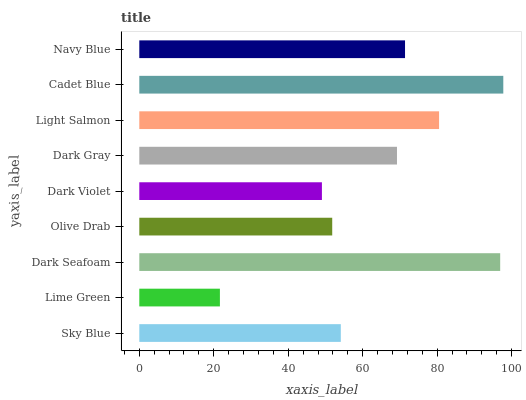
| yaxis_label | bars |
 | --- | --- |
 | Sky Blue | 54.1 |
 | Lime Green | 21.6 |
 | Dark Seafoam | 96.9 |
 | Olive Drab | 51.8 |
 | Dark Violet | 49 |
 | Dark Gray | 69.2 |
 | Light Salmon | 80.5 |
 | Cadet Blue | 97.8 |
 | Navy Blue | 71.4 |